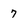
Character: 7